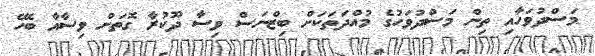
މަސްދުވަހާއި ތިން މަސްދުވަހުގެ މުއްދަތަކަށް ބިޒްނަސް ވިސާ ދޫކުރާ ގޮތަށް ވިސާއާ ބެހޭ